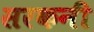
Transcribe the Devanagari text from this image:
सरकनी